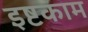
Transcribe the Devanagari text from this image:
इष्टकाम